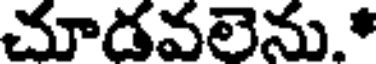
చూడవలెను.*